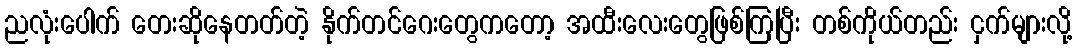
ညလုံးပေါက် တေးဆိုနေတတ်တဲ့ နိုက်တင်ဂေးတွေကတော့ အထီးလေးတွေဖြစ်ကြပြီး တစ်ကိုယ်တည်း ငှက်များလို့